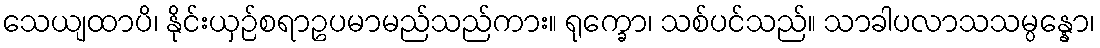
သေယျထာပိ၊ နိုင်းယှဉ်စရာဥပမာမည်သည်ကား။ ရုက္ခော၊ သစ်ပင်သည်။ သာခါပလာသသမ္ပန္နော၊